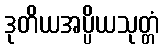
ဒုတိယအပ္ပိယသုတ္တံ